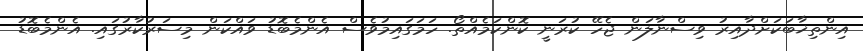
އިންތިޚާބަކަށްދާއިރު ވިސްނާލަން ޖެހޭ ކުރަނީ ކޮންކަމެއްތޯ. ހަމަގައިމުވެސް އެންމެބޮޑު ވައްކަން މިސަރުކާރުގައި. އެންމެބޮޑު